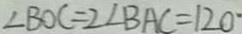
\angle B O C = 2 \angle B A C = 1 2 0 \cdot